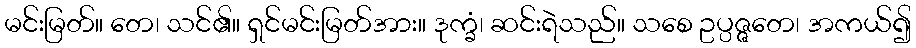
မင်းမြတ်။ တေ၊ သင်၏။ ရှင်မင်းမြတ်အား။ ဒုက္ခံ၊ ဆင်းရဲသည်။ သစေ ဥပ္ပဇ္ဇတေ၊ အကယ်၍